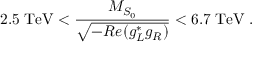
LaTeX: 2 . 5 \; \mathrm { T e V } < \frac { M _ { { \cal S } _ { 0 } } } { \sqrt { - { \cal R } e ( g _ { L } ^ { * } g _ { R } ) } } < 6 . 7 \; \mathrm { T e V } \; .